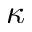
\kappa